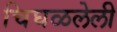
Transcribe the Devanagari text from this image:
चिघळलेली